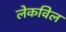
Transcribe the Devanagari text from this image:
लेकविल